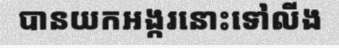
បានយកអង្ករនោះទៅលីង